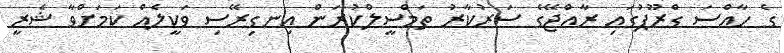
ގެ ހާއްސަ ގްރޫޕުގައި ރާއްޖޭގެ ސަރުކާރު ތަމްސީލްކުރަން އިނގިރޭސި ވަކީލެއް ކަމަށްވާ ޝެރީ